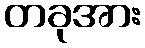
တခုအား